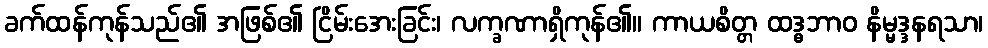
ခက်ထန်ကုန်သည်၏ အဖြစ်၏ ငြိမ်းအေးခြင်း၊ လက္ခဏာရှိကုန်၏။ ကာယစိတ္တ ထဒ္ဓဘာဝ နိမ္မဒ္ဒနရသာ၊